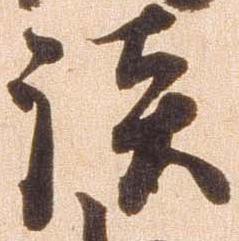
談